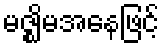
မဇ္ဈိမအနေဖြင့်